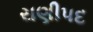
રાણીપદ